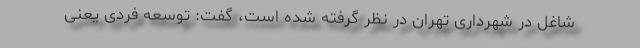
شاغل در شهرداری تهران در نظر گرفته شده است، گفت: توسعه فردی یعنی